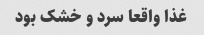
غذا واقعا سرد و خشک بود